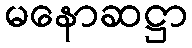
မနောဆဋ္ဌာ